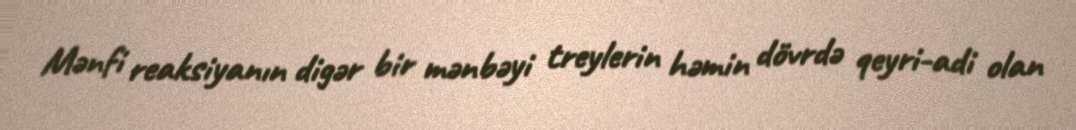
Mənfi reaksiyanın digər bir mənbəyi treylerin həmin dövrdə qeyri-adi olan